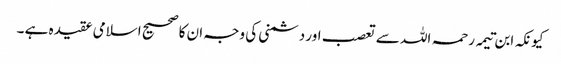
کیونکہ ابن تیمہ رحمہ اللہ سے تعصب اور دشمنی کی وجہ ان کا صحیح اسلامی عقیدہ ہے ۔